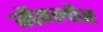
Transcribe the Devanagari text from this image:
मेंग्लोर